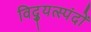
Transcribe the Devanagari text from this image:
विद्युत्स्पंदों